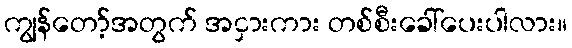
ကျွန်တော့်အတွက် အငှားကား တစ်စီးခေါ်ပေးပါလား။